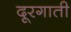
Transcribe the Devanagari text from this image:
दूरगाती